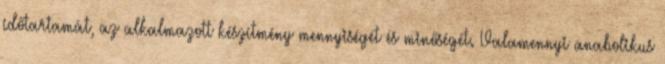
időtartamát, az alkalmazott készítmény mennyiségét és minőségét. Valamennyi anabolikus